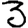
Digit: 3